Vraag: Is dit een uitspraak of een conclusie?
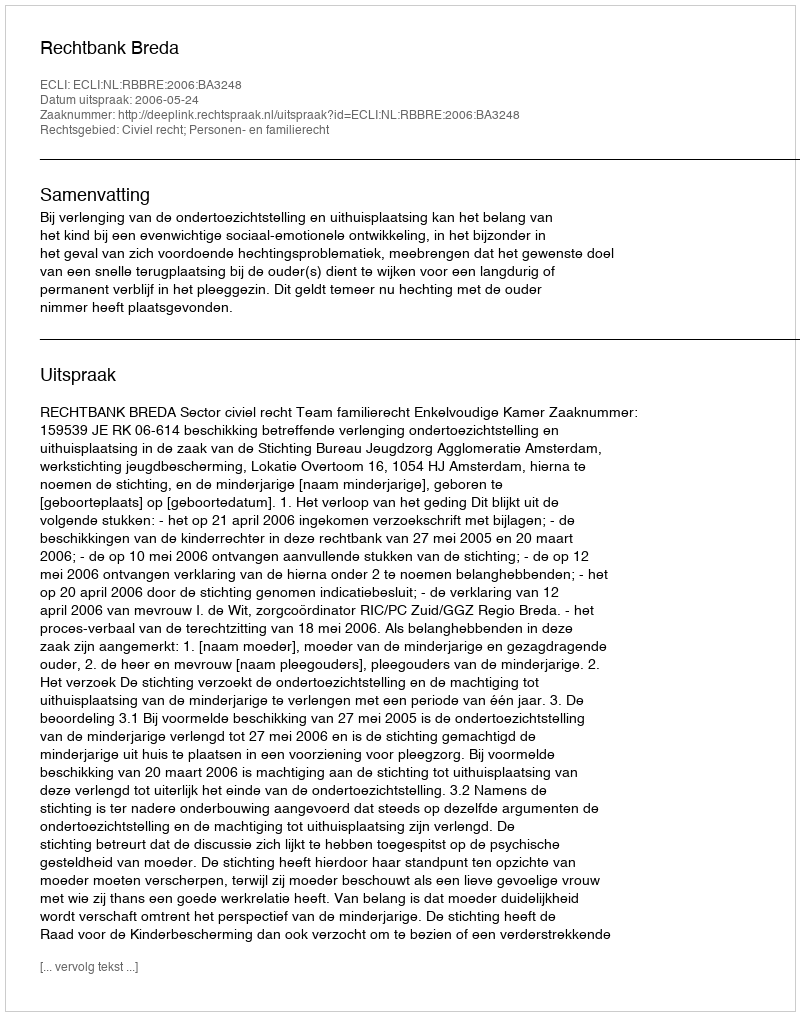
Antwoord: Uitspraak